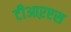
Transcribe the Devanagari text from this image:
टीआऱएस